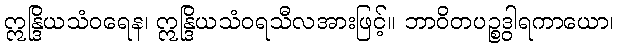
ဣန္ဒြိယသံဝရေန၊ ဣန္ဒြိယသံဝရသီလအားဖြင့်။ ဘာဝိတပဉ္စဒွါရကာယော၊